Annual administration report of the Bombay Presidency - 1887-1892
Year: 1887
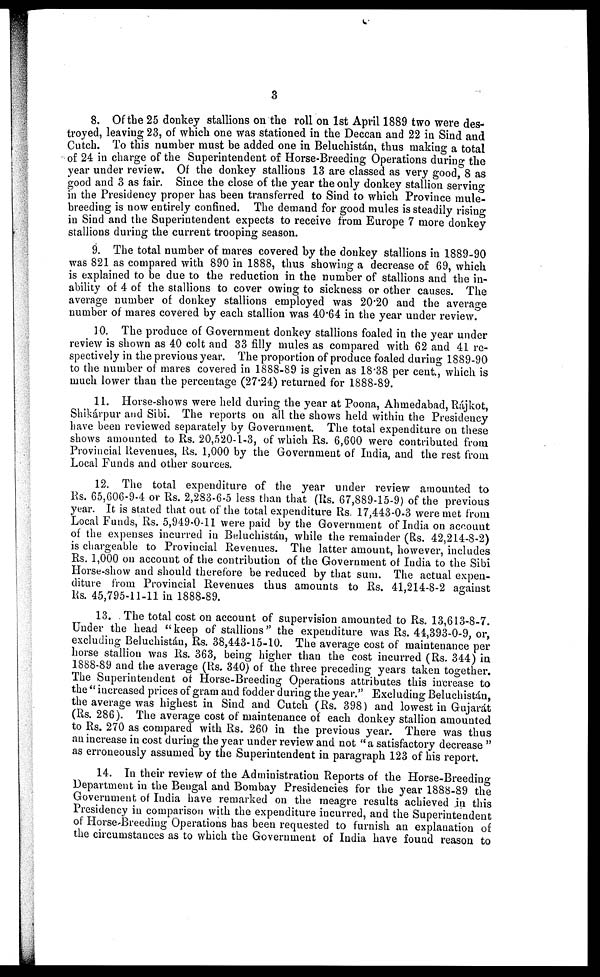
3
8. Of the 25 donkey stallions on the roll on 1st April 1889 two were des-
troyed, leaving 23, of which one was stationed in the Deccan and 22 in Sind and
Cutch. To this number must be added one in Beluchistán, thus making a total
of 24 in charge of the Superintendent of Horse-Breeding Operations during the
year under review. Of the donkey stallions 13 are classed as very good, 8 as
good and 3 as fair. Since the close of the year the only donkey stallion serving
in the Presidency proper has been transferred to Sind to which Province mule-
breeding is now entirely confined. The demand for good mules is steadily rising
in Sind and the Superintendent expects to receive from Europe 7 more donkey
stallions during the current trooping season.
9. The total number of mares covered by the donkey stallions in 1889-90
was 821 as compared with 890 in 1888, thus showing a decrease of 69, which
is explained to be due to the reduction in the number of stallions and the in-
ability of 4 of the stallions to cover owing to sickness or other causes. The
average number of donkey stallions employed was 20.20 and the average
number of mares covered by each stallion was 40.64 in the year under review.
10. The produce of Government donkey stallions foaled in the year under
review is shown as 40 colt and 33 filly mules as compared with 62 and 41 re-
spectively in the previous year. The proportion of produce foaled during 1889-90
to the number of mares covered in 1888-89 is given as 18.38 per cent., which is
much lower than the percentage (27.24) returned for 1888-89.
11. Horse-shows were held during the year at Poona, Ahmedabad, Rájkot,
Shikárpur and Sibi. The reports on all the shows held within the Presidency
have been reviewed separately by Government. The total expenditure on these
shows amounted to Rs. 20,520-1-3, of which Rs. 6,600 were contributed from
Provincial Revenues, Rs. 1,000 by the Government of India, and the rest from
Local Funds and other sources.
12. The total expenditure of the year under review amounted to
Rs. 65,606-9-4 or Rs. 2,283-6-5 less than that (Rs. 67,889-15-9) of the previous
year. It is stated that out of the total expenditure Rs. 17,443-0-3 were met from
Local Funds, Rs. 5,949-0-11 were paid by the Government of India on account
of the expenses incurred in Beluchistán, while the remainder (Rs. 42,214-8-2)
is chargeable to Provincial Revenues. The latter amount, however, includes
Rs. 1,000 on account of the contribution of the Government of India to the Sibi
Horse-show and should therefore be reduced by that sum. The actual expen-
diture from Provincial Revenues thus amounts to Rs. 41,214-8-2 against
Rs. 45,795-11-11 in 1888-89.
13. The total cost on account of supervision amounted to Rs. 13,613-8-7.
Under the head "keep of stallions" the expenditure was Rs. 44,393-0-9, or,
excluding Beluchistán, Rs. 38,443-15-10. The average cost of maintenance per
horse stallion was Rs. 363, being higher than the cost incurred (Rs. 344) in
1888-89 and the average (Rs. 340) of the three preceding years taken together.
The Superintendent of Horse-Breeding Operations attributes this increase to
the "increased prices of gram and fodder during the year." Excluding Beluchistán,
the average was highest in Sind and Cutch (Rs. 398) and lowest in Gujarát
(Rs. 286). The average cost of maintenance of each donkey stallion amounted
to Rs. 270 as compared with Rs. 260 in the previous year. There was thus
an increase in cost during the year under review and not "a satisfactory decrease"
as erroneously assumed by the Superintendent in paragraph 123 of his report.
14. In their review of the Administration Reports of the Horse-Breeding
Department in the Bengal and Bombay Presidencies for the year 1888-89 the
Government of India have remarked on the meagre results achieved in this
Presidency in comparison with the expenditure incurred, and the Superintendent
of Horse-Breeding Operations has been requested to furnish an explanation of
the circumstances as to which the Government of India have found reason to